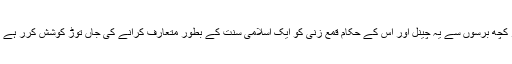
ادھر کچھ برسوں سے یہ چینل اور اس کے حکام قمع زنی کو ایک اسلامی سنت کے بطور متعارف کرانے کی جاں توڑ کوشش کرر ہے ہیں ۔